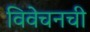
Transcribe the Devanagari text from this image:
विवेचनची